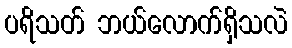
ပရိသတ် ဘယ်လောက်ရှိသလဲ